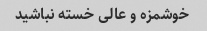
خوشمزه و عالی خسته نباشید